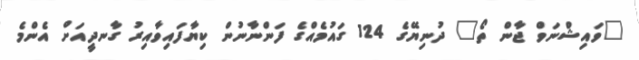
"ވައިޝްނަވް ޖާން ތޯ" ދުނިޔޭގެ 124 ގައުމެއްގެ ފަންނާނުން ކިޔާފައިވާއިރު ގާނދީއަށް އެންމެ